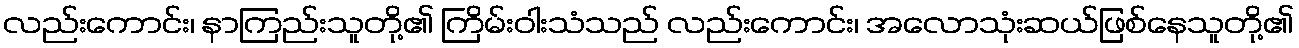
လည်းကောင်း၊ နာကြည်းသူတို့၏ ကြိမ်းဝါးသံသည် လည်းကောင်း၊ အလောသုံးဆယ်ဖြစ်နေသူတို့၏